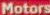
Motors